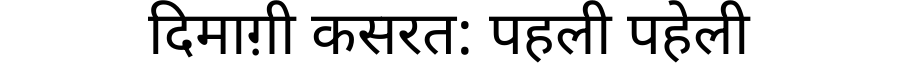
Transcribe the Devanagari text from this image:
दिमाग़ी कसरत: पहली पहेली